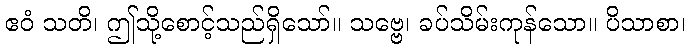
ဧဝံ သတိ၊ ဤသို့စောင့်သည်ရှိသော်။ သဗ္ဗေ၊ ခပ်သိမ်းကုန်သော။ ပိသာစာ၊